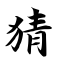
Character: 猜